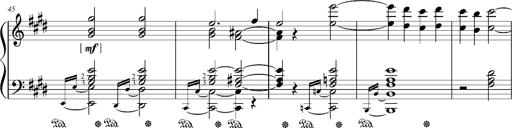
Title: Resignazione, S.187a/b
Composer: Franz Liszt